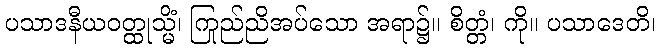
ပသာဒနီယဝတ္ထုသ္မိံ၊ ကြည်ညိုအပ်သော အရာ၌။ စိတ္တံ၊ ကို။ ပသာဒေတိ၊